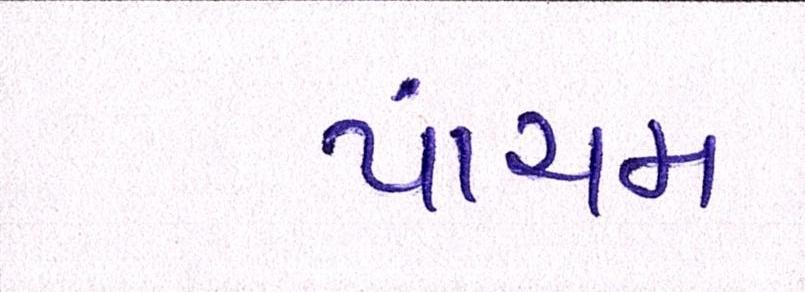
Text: પાંચમ